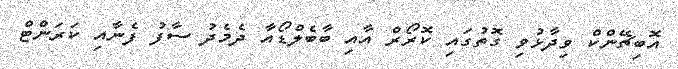
އޮބިޗޭންކް ވިދާޅުވި ގޮތުގައި ކޮރޯރް އާއި ބާބެލްޑޯއާ ދެމެދު ސާފު ފެނާއި ކަރަންޓް